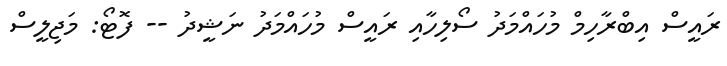
ރައީސް އިބްރާހިމް މުހައްމަދު ސޯލިހާއި ރައީސް މުހައްމަދު ނަޝީދު -- ފޮޓޯ: މަޖިލީސް